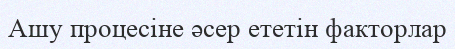
Ашу процесіне әсер ететін факторлар